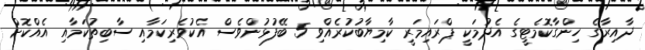
ދާއިރާގެ ހިންގާކޮމެޓީގެ އެދުމަކީ ޕްރައިމަރީ ކާމިޔާބުކުރެއްވި 5 ބޭފުޅުންވެސް އެކުވެރިކަމާއި ސާބިތުކަމާއި އެއްކޮށް